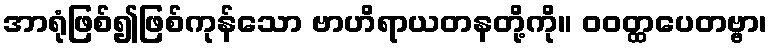
အာရုံဖြစ်၍ဖြစ်ကုန်သော ဗာဟိရာယတနတို့ကို။ ဝဝတ္ထပေတဗ္ဗာ၊